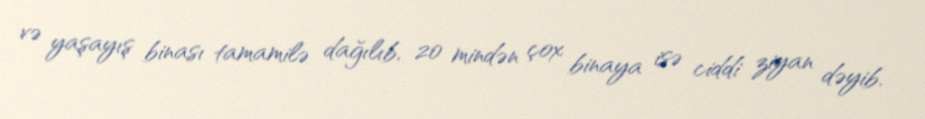
və yaşayış binası tamamilə dağılıb, 20 mindən çox binaya isə ciddi ziyan dəyib.